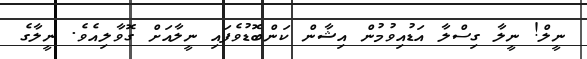
ނީލް! ނީލާ ގިސްލާ އަޑުއިވުމުން އިޝާން ކަންބޮޑުވެފައި ނީލާއަށް ގޮވާލިއެވެ. ނީލާގެ